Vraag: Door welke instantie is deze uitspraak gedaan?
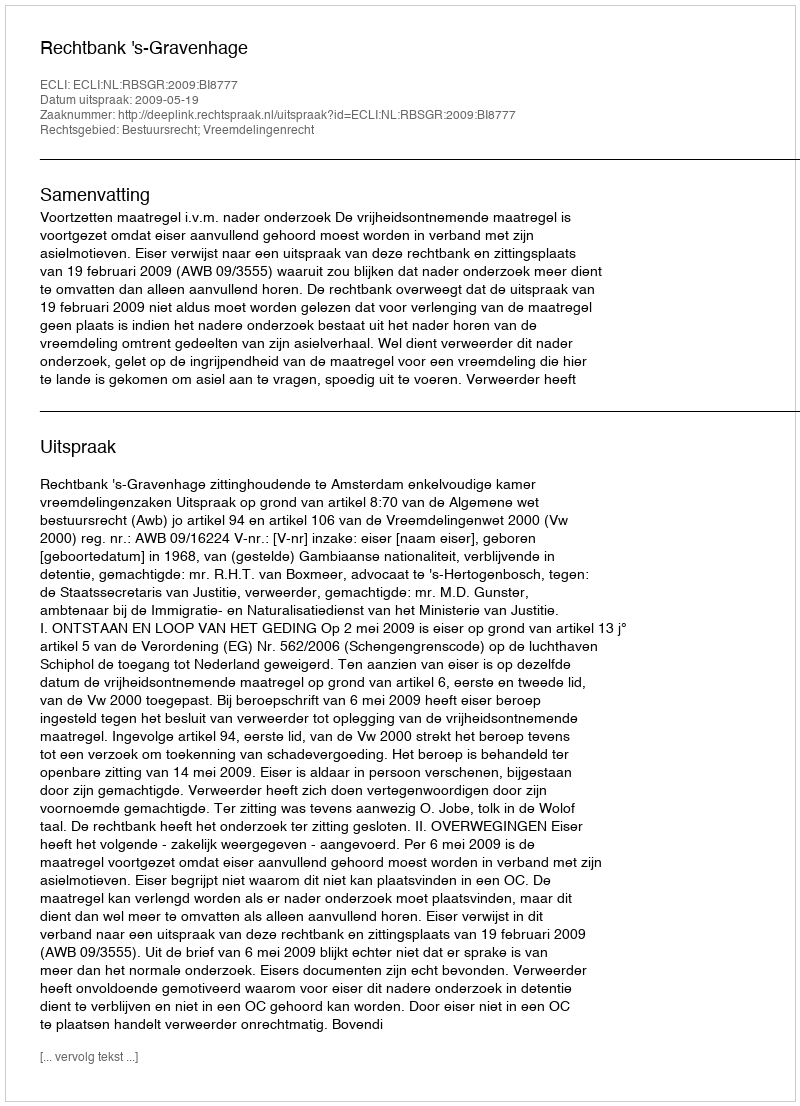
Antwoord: Rechtbank 's-Gravenhage